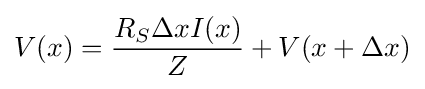
V(x)={\frac {R_{S}\Delta xI(x)}{Z}}+V(x+\Delta x)